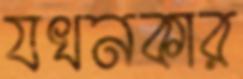
যখনকার